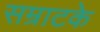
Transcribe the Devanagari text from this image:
सम्राटके